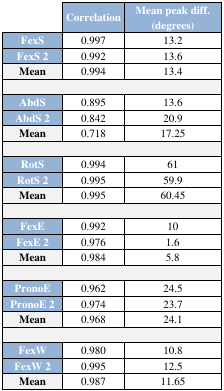
<table><thead><tr><td></td><td><b>Correlation</b></td><td><b>Mean peak diff. (degrees)</b></td></tr></thead><tbody><tr><td><b>FexS</b></td><td>0.997</td><td>13.2</td></tr><tr><td><b>FexS 2</b></td><td>0.992</td><td>13.6</td></tr><tr><td><b>Mean</b></td><td>0.994</td><td>13.4</td></tr><tr><td><b>AbdS</b></td><td>0.895</td><td>13.6</td></tr><tr><td><b>AbdS 2</b></td><td>0.842</td><td>20.9</td></tr><tr><td><b>Mean</b></td><td>0.718</td><td>17.25</td></tr><tr><td><b>RotS</b></td><td>0.994</td><td>61</td></tr><tr><td><b>RotS 2</b></td><td>0.995</td><td>59.9</td></tr><tr><td><b>Mean</b></td><td>0.995</td><td>60.45</td></tr><tr><td><b>FexE</b></td><td>0.992</td><td>10</td></tr><tr><td><b>FexE 2</b></td><td>0.976</td><td>1.6</td></tr><tr><td><b>Mean</b></td><td>0.984</td><td>5.8</td></tr><tr><td><b>PronoE</b></td><td>0.962</td><td>24.5</td></tr><tr><td><b>PronoE 2</b></td><td>0.974</td><td>23.7</td></tr><tr><td><b>Mean</b></td><td>0.968</td><td>24.1</td></tr><tr><td><b>FexW</b></td><td>0.980</td><td>10.8</td></tr><tr><td><b>FexW 2</b></td><td>0.995</td><td>12.5</td></tr><tr><td><b>Mean</b></td><td>0.987</td><td>11.65</td></tr></tbody></table>